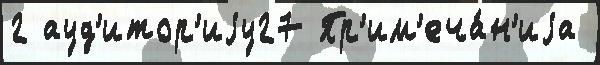
2 ауд'итор'иjу27 Пр'им'еча́н'иjа